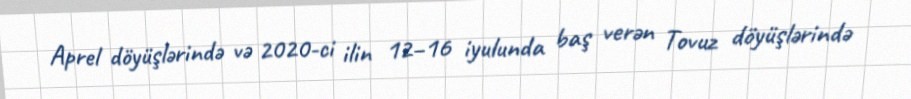
Aprel döyüşlərində və 2020-ci ilin 12–16 iyulunda baş verən Tovuz döyüşlərində